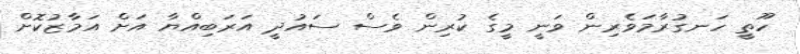
ހޫތީ ހަނގުރާމަވެރިން ވަނީ މީގެ ކުރިން ވެސް ސައުދީ އަރަބިއްޔާ އަށް އަމާޒުކޮށް